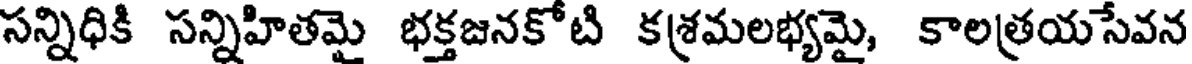
సన్నిధికి సన్నిహితమై భక్తజనకోటి కశ్రమలభ్యమై, కాలత్రయసేవన